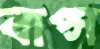
বাপ্স